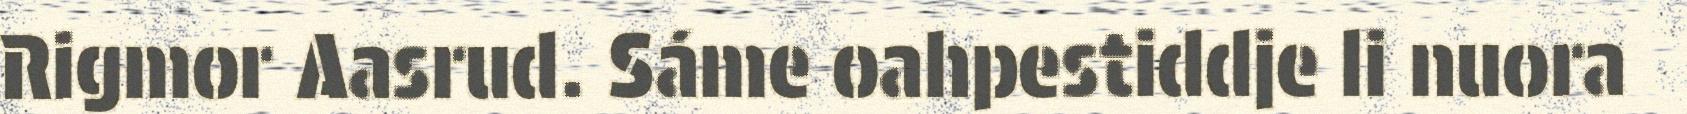
Rigmor Aasrud. Sáme oahpestiddje li nuora